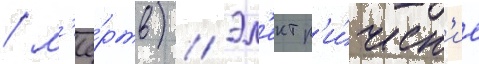
/ м'ё́ртв) // Эл'ектр'и́ческ'ие